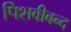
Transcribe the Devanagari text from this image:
पिशवीबन्द